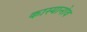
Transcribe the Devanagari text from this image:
कास्यानोव